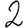
Digit: 2